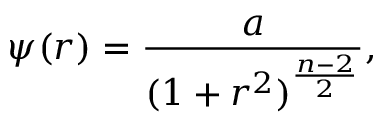
\psi ( r ) = { \frac { a } { ( 1 + r ^ { 2 } ) ^ { \frac { n - 2 } { 2 } } } } ,